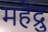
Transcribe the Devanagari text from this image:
महेंद्रु